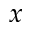
\boldsymbol { x }